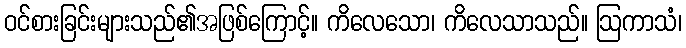
ဝင်စားခြင်းများသည်၏အဖြစ်ကြောင့်။ ကိလေသော၊ ကိလေသာသည်။ ဩကာသံ၊